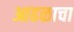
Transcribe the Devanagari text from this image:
आढळाचा